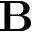
\mathbf { B }